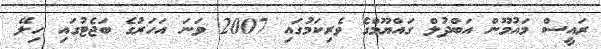
ރައީސް މައުމޫން އަބްދުލް ގައްޔޫމްގެ ވެރިކަމުގައި 2007 ވަނަ އަހަރުގެ ބަޖެޓުގައި ހިލޭ